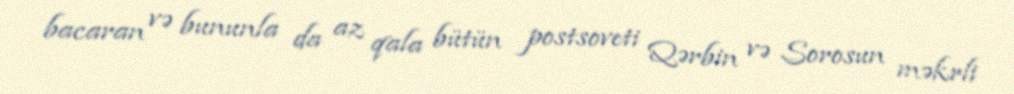
bacaran və bununla da az qala bütün postsoveti Qərbin və Sorosun məkrli